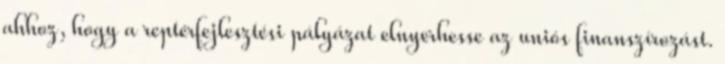
ahhoz, hogy a reptérfejlesztési pályázat elnyerhesse az uniós finanszírozást.